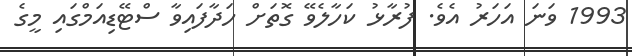
1993 ވަނަ އަހަރު އެވެ. ފުރާޅު ކަހާލެވޭ ގޮތަށް ހަދާފައިވާ ސްޓޭޑިއަމްގައި މީގެ